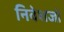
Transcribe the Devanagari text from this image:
निवेशजो